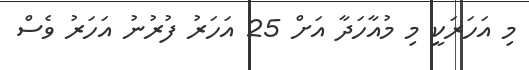
މި އަހަރަކީ މި މުއާހަދާ އަށް 25 އަހަރު ފުރުނު އަހަރު ވެސް